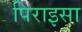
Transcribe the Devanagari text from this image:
पिराइसा